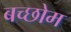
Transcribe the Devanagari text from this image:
बच्छोम